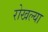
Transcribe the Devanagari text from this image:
रोखल्या